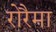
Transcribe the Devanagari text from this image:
रोरैमा